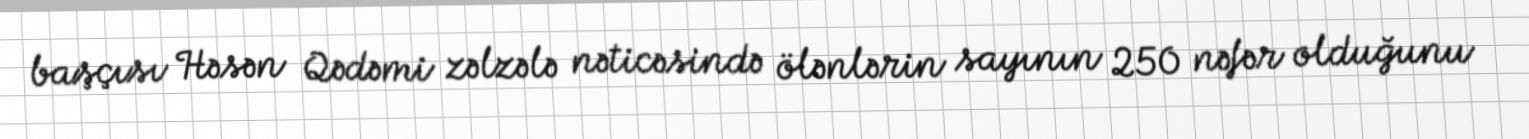
başçısı Həsən Qədəmi zəlzələ nəticəsində ölənlərin sayının 250 nəfər olduğunu